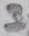
Text: 3